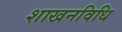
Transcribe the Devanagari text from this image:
शाखनविधि